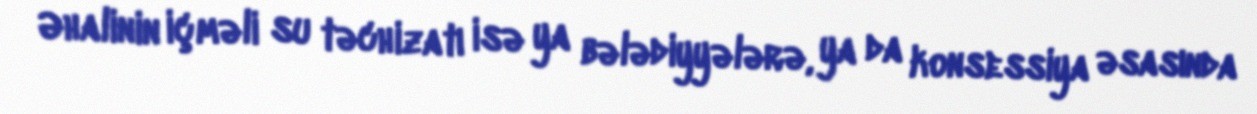
Əhalinin içməli su təchizatı isə ya bələdiyyələrə, ya da konsessiya əsasında